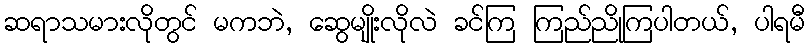
ဆရာသမားလိုတွင် မကဘဲ, ဆွေမျိုးလိုလဲ ခင်ကြ ကြည်ညိုကြပါတယ်, ပါရမီ